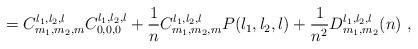
LaTeX: \begin{align*}=C_{m_{1},m_{2},m}^{l_{1},l_{2},l}C_{0,0,0}^{l_{1},l_{2},l}+\frac{1}{n}C_{m_{1},m_{2},m}^{l_{1},l_{2},l}P(l_{1},l_{2},l)+\frac{1}{n^2}D_{m_{1},m_{2}}^{l_{1},l_{2},l}(n) \ , \end{align*}